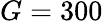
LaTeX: G=300